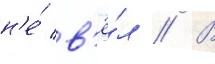
н'е́ в'ё́л // В